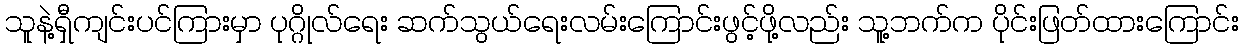
သူနဲ့ရှီကျင်းပင်ကြားမှာ ပုဂ္ဂိုလ်ရေး ဆက်သွယ်ရေးလမ်းကြောင်းဖွင့်ဖို့လည်း သူ့ဘက်က ပိုင်းဖြတ်ထားကြောင်း